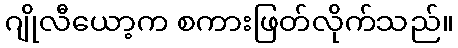
ဂျိုလီယော့က စကားဖြတ်လိုက်သည်။